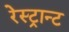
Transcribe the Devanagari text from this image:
रेस्ट्रान्ट